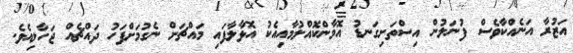
އަޒުރާ އަނެއްކާވެސް ފުނަލުން އިސްތަށިގަނޑު އޮމާންކޮއްލުމާއިއެކު އޮޅާލާފައި މައްޗަށް ނެގުމަށްފަހު ދައްޗެއް ޖަހާލިއެވެ.